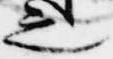
之